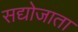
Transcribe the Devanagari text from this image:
सद्योजाता